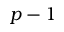
p - 1